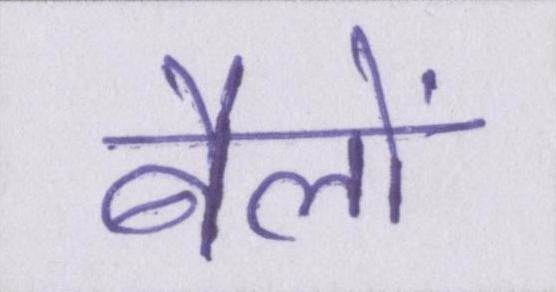
बैलों